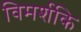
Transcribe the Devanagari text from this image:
विमर्शकि